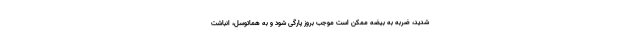
شدید، ضربه به بیضه ممکن است موجب بروز پارگی شود و به هماتوسل، انباشت